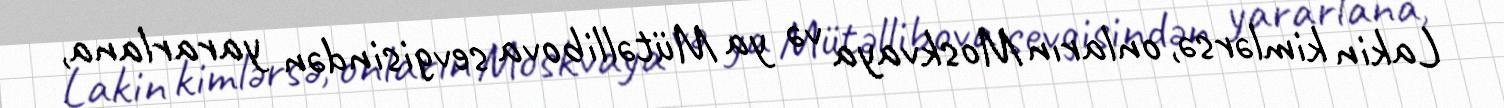
Lakin kimlərsə, onların Moskvaya və ya Mütəllibova sevgisindən yararlana,